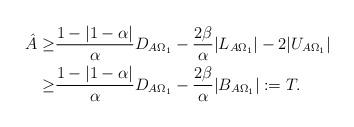
LaTeX: \begin{align*}\hat{A}\geq& \frac{1-\vert 1-\alpha \vert}{\alpha}D_{A\Omega_1}-\frac{2\beta}{\alpha}\vert L_{A\Omega_1}\vert -2\vert U_{A\Omega_1}\vert\\\geq& \frac{1-\vert 1-\alpha \vert}{\alpha}D_{A\Omega_1}-\frac{2\beta}{\alpha}\vert B_{A\Omega_1}\vert:= T.\end{align*}